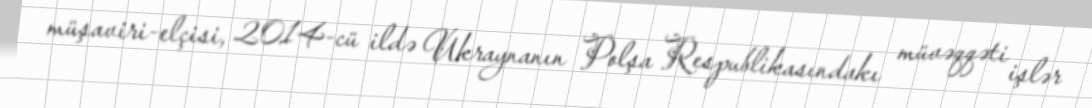
müşaviri-elçisi, 2014-cü ildə Ukraynanın Polşa Respublikasındakı müvəqqəti işlər